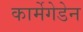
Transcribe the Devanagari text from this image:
कार्मेगेडेन